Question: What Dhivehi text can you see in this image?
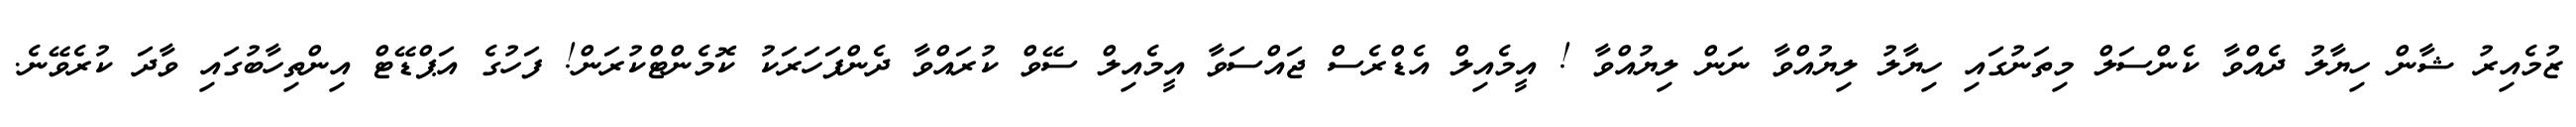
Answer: ޒުމެއިރު ޝާން ހިޔާލު ދެއްވާ ކެންސަލް މިތަނުގައި ހިޔާލު ލިޔުއްވާ ނަން ލިޔުއްވާ ! އީމެއިލް އެޑްރެސް ޖައްސަވާ އީމެއިލް ސޭވް ކުރައްވާ ދެންފަހަރަކު ކޮމެންޓްކުރަން! ފަހުގެ އަޕްޑޭޓް އިންތިހާބުގައި ވާދަ ކުރެވޭނެ.